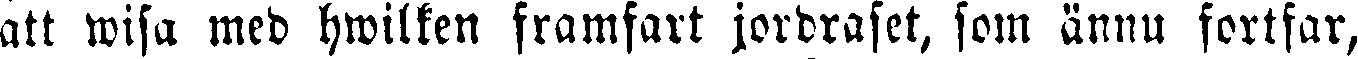
att wisa med hwilken framfart jordrafet, fom ännu fortfar,